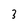
Character: 3